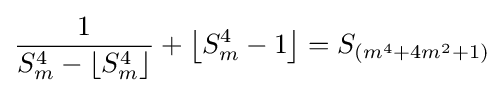
{1 \over {S_{m}^{4}-\left\lfloor S_{m}^{4}\right\rfloor }}+\left\lfloor S_{m}^{4}-1\right\rfloor =S_{\left(m^{4}+4m^{2}+1\right)}